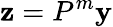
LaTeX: \mathbf{z}=P^{m}\mathbf{y}